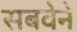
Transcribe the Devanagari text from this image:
सबवेने